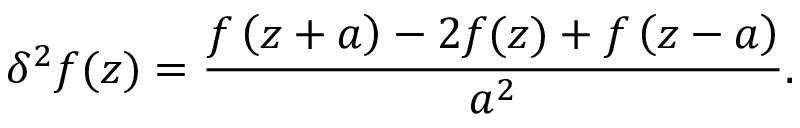
\delta ^ { 2 } f ( z ) = \frac { f \left( z + a \right) - 2 f ( z ) + f \left( z - a \right) } { a ^ { 2 } } .